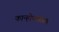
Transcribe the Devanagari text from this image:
कान्होपात्रासह